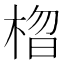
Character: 𣓗